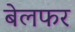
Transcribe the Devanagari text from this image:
बेलफर